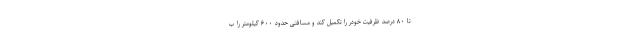
تا ۸۰ درصد ظرفیت خودر را تکمیل کند و مسافتی حدود ۶۰۰ کیلومتر را ب